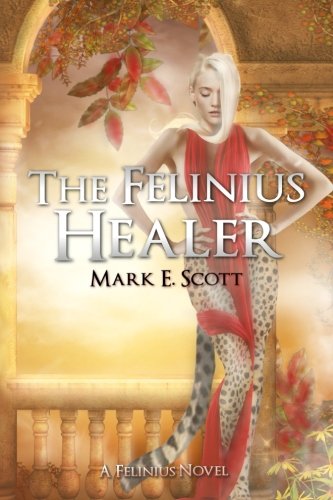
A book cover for The Felinius Healer: A Felinius Novel; Mark E. Scott; Science Fiction & Fantasy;